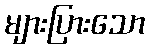
များပြားသော